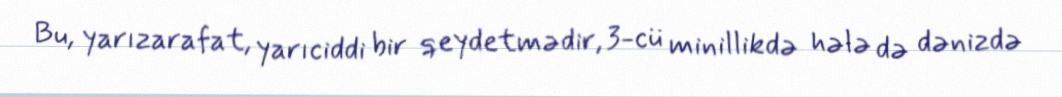
Bu, yarızarafat, yarıciddi bir qeydetmədir, 3-cü minillikdə hələ də dənizdə